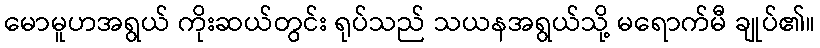
မောမူဟအရွယ် ကိုးဆယ်တွင်း ရုပ်သည် သယနအရွယ်သို့ မရောက်မီ ချုပ်၏။